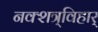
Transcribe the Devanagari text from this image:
नक्शत्र्विहार्